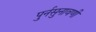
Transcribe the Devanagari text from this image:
पुर्नसुनावणी